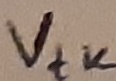
Text: Vtk